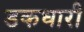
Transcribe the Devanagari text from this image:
डकधारी